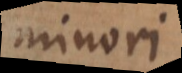
minori.